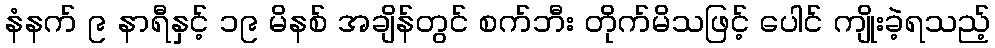
နံနက် ၉ နာရီနှင့် ၁၉ မိနစ် အချိန်တွင် စက်ဘီး တိုက်မိသဖြင့် ပေါင် ကျိုးခဲ့ရသည့်